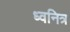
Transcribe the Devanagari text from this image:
ध्वनित्र